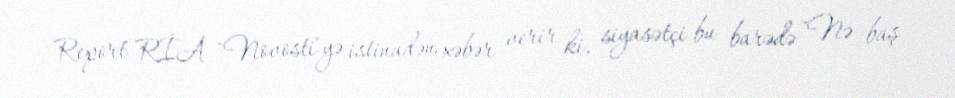
Report" RİA "Novosti"yə istinadən xəbər verir ki, siyasətçi bu barədə "Nə baş